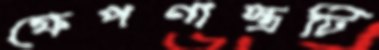
ক্ষেপণাস্ত্রটি